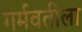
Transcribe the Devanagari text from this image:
गर्मवतीला